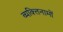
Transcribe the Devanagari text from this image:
व्यक्‍तिनामों